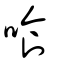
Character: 喰